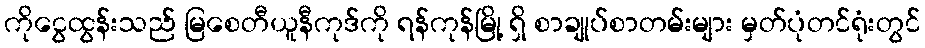
ကိုငွေထွန်းသည် မြစေတီယူနီကုဒ်ကို ရန်ကုန်မြို့ ရှိ စာချုပ်စာတမ်းများ မှတ်ပုံတင်ရုံးတွင်